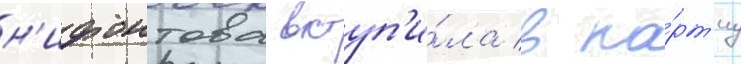
н'ифонтова вступ'и́ла в па́рт'иу